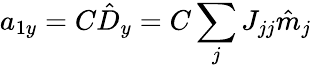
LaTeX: a_{1y}=C\hat{D}_{y}=C\sum_{j}J_{jj}\hat{m}_{j}